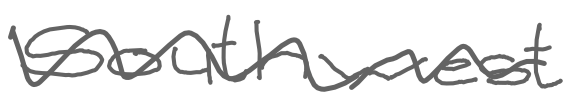
Text: southwest
Cross-out: wave
Writing tool: digital_gray